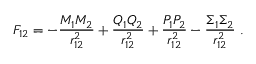
F _ { 1 2 } = - \frac { M _ { 1 } M _ { 2 } } { r _ { 1 2 } ^ { 2 } } + \frac { Q _ { 1 } Q _ { 2 } } { r _ { 1 2 } ^ { 2 } } + \frac { P _ { 1 } P _ { 2 } } { r _ { 1 2 } ^ { 2 } } - \frac { \Sigma _ { 1 } \Sigma _ { 2 } } { r _ { 1 2 } ^ { 2 } } \ .